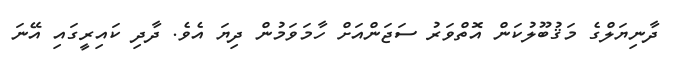
ދާނިޔަލްގެ މަޤުބޫލުކަން އޮތްވަރު ސަޖަންއަށް ހާމަވަމުން ދިޔަ އެވެ. ދާދި ކައިރީގައި އޭނަ